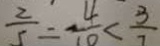
\frac { 2 } { 5 } = - \frac { 4 } { 1 0 } < \frac { 3 } { 7 }